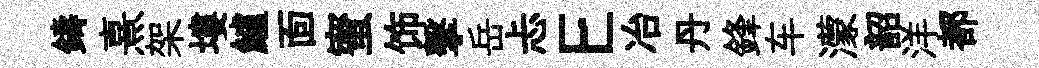
鑄熹架塿鱸靣蜜饰擊岳忐E冶丹鋒车濛韶洋都